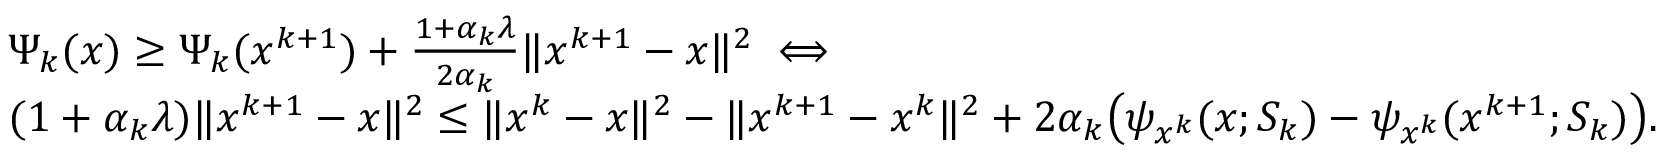
\begin{array} { r l } & { \Psi _ { k } ( x ) \geq \Psi _ { k } ( x ^ { k + 1 } ) + \frac { 1 + \alpha _ { k } \lambda } { 2 \alpha _ { k } } \| x ^ { k + 1 } - x \| ^ { 2 } \iff } \\ & { ( 1 + \alpha _ { k } \lambda ) \| x ^ { k + 1 } - x \| ^ { 2 } \leq \| x ^ { k } - x \| ^ { 2 } - \| x ^ { k + 1 } - x ^ { k } \| ^ { 2 } + 2 \alpha _ { k } \big ( \psi _ { x ^ { k } } ( x ; S _ { k } ) - \psi _ { x ^ { k } } ( x ^ { k + 1 } ; S _ { k } ) \big ) . } \end{array}